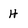
Character: H